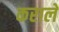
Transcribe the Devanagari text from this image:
कराले